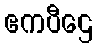
ဧကပီဌေ